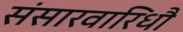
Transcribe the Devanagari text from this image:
संसारवारिधौ